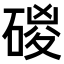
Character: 𥓻